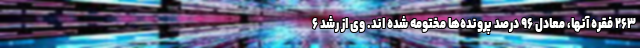
۲۶۳ فقره آنها، معادل ۹۶ درصد پرونده‌ها مختومه شده اند. وی از رشد ۶